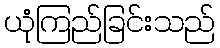
ယုံကြည်ခြင်းသည်